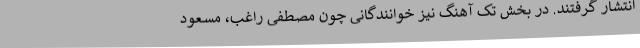
انتشار گرفتند. در بخش تک آهنگ نیز خوانندگانی چون مصطفی راغب، مسعود